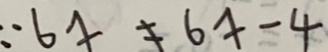
\because 6 x \neq 6 x - 4